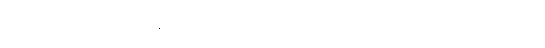
ပါဒကဈာန်ပရိကမ္မအဓိဋ္ဌာန်ဝီထိသို့သက်ဝင်သည်၏ အစွမ်းဖြင့်။ ဣတိအယံ၊ ဤသည်ကား။